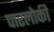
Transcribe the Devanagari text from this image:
पारलोकी